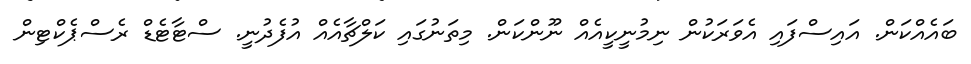
ބައެއްކަން. އައިސްފައި އެވަރަކުން ނިމުނީކީއެއް ނޫންކަން. މިތަނުގައި ކަލްޗާއެއް އުފެދުނީ. ސްޓާޓެޑް ރެސްޕެކްޓިން